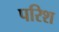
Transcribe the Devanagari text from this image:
परिश